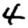
Digit: 4